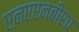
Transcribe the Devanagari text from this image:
एऩएएनबीएच